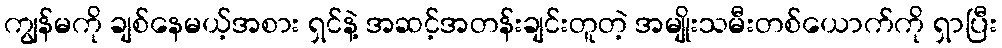
ကျွန်မကို ချစ်နေမယ့်အစား ရှင်နဲ့ အဆင့်အတန်းချင်းတူတဲ့ အမျိုးသမီးတစ်ယောက်ကို ရှာပြီး